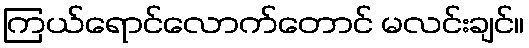
ကြယ်ရောင်လောက်တောင် မလင်းချင်။